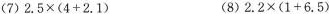
(7)$$2.5\times(4+2.1) $$(8)$$2.2\times(1+6.5)$$